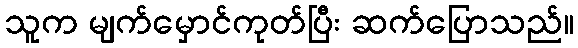
သူက မျက်မှောင်ကုတ်ပြီး ဆက်ပြောသည်။